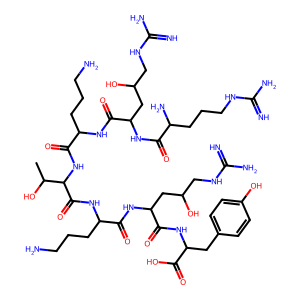
SMILES: CC(O)C(NC(=O)C(CCCN)NC(=O)C(CC(O)CNC(=N)N)NC(=O)C(N)CCCNC(=N)N)C(=O)NC(CCCN)C(=O)NC(CC(O)CNC(=N)N)C(=O)NC(Cc1ccc(O)cc1)C(=O)O
Inhibits HIV replication: No